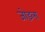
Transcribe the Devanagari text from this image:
जोड़ला